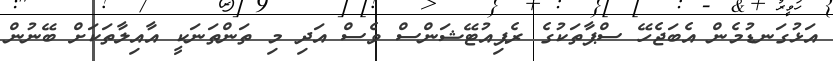
އަޅުގަނޑުމެން އެބަޖެހޭ ސްޕާތަކުގެ ރެޕިއުޓޭޝަންސް ވެސް އަދި މި ތަންތަނަކީ އާއިލާތަކަށް ބޭނުން